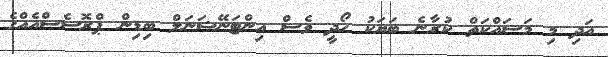
އަދި މި މަސައްކަތް ކުރާނެ ބަޔަކު ހޯދީ ވެސް އިންޓަނޭޝަނަލް ބިޑިން ޕްރޮސެސްއެއްގެ